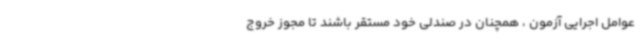
عوامل اجرایی آزمون ، همچنان در صندلی خود مستقر باشند تا مجوز خروج